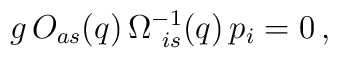
g \, O_{as}(q)\, \Omega^{-1}_{\ is}(q)\, p_i = 0\,,